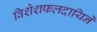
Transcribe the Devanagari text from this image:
विशेशफलदायिने